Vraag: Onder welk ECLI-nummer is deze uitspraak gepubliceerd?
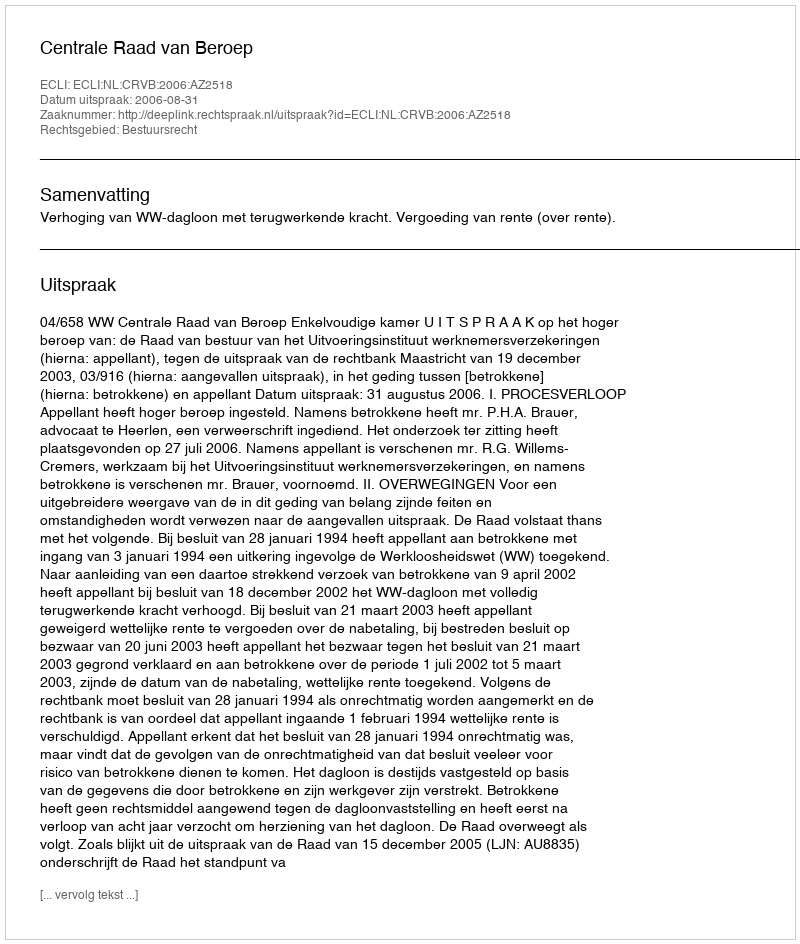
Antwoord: ECLI:NL:CRVB:2006:AZ2518